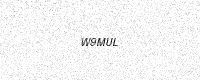
Text: W9MUL